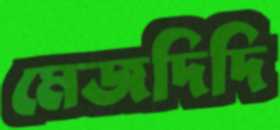
মেজদিদি